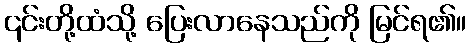
၎င်းတို့ထံသို့ ပြေးလာနေသည်ကို မြင်ရ၏။